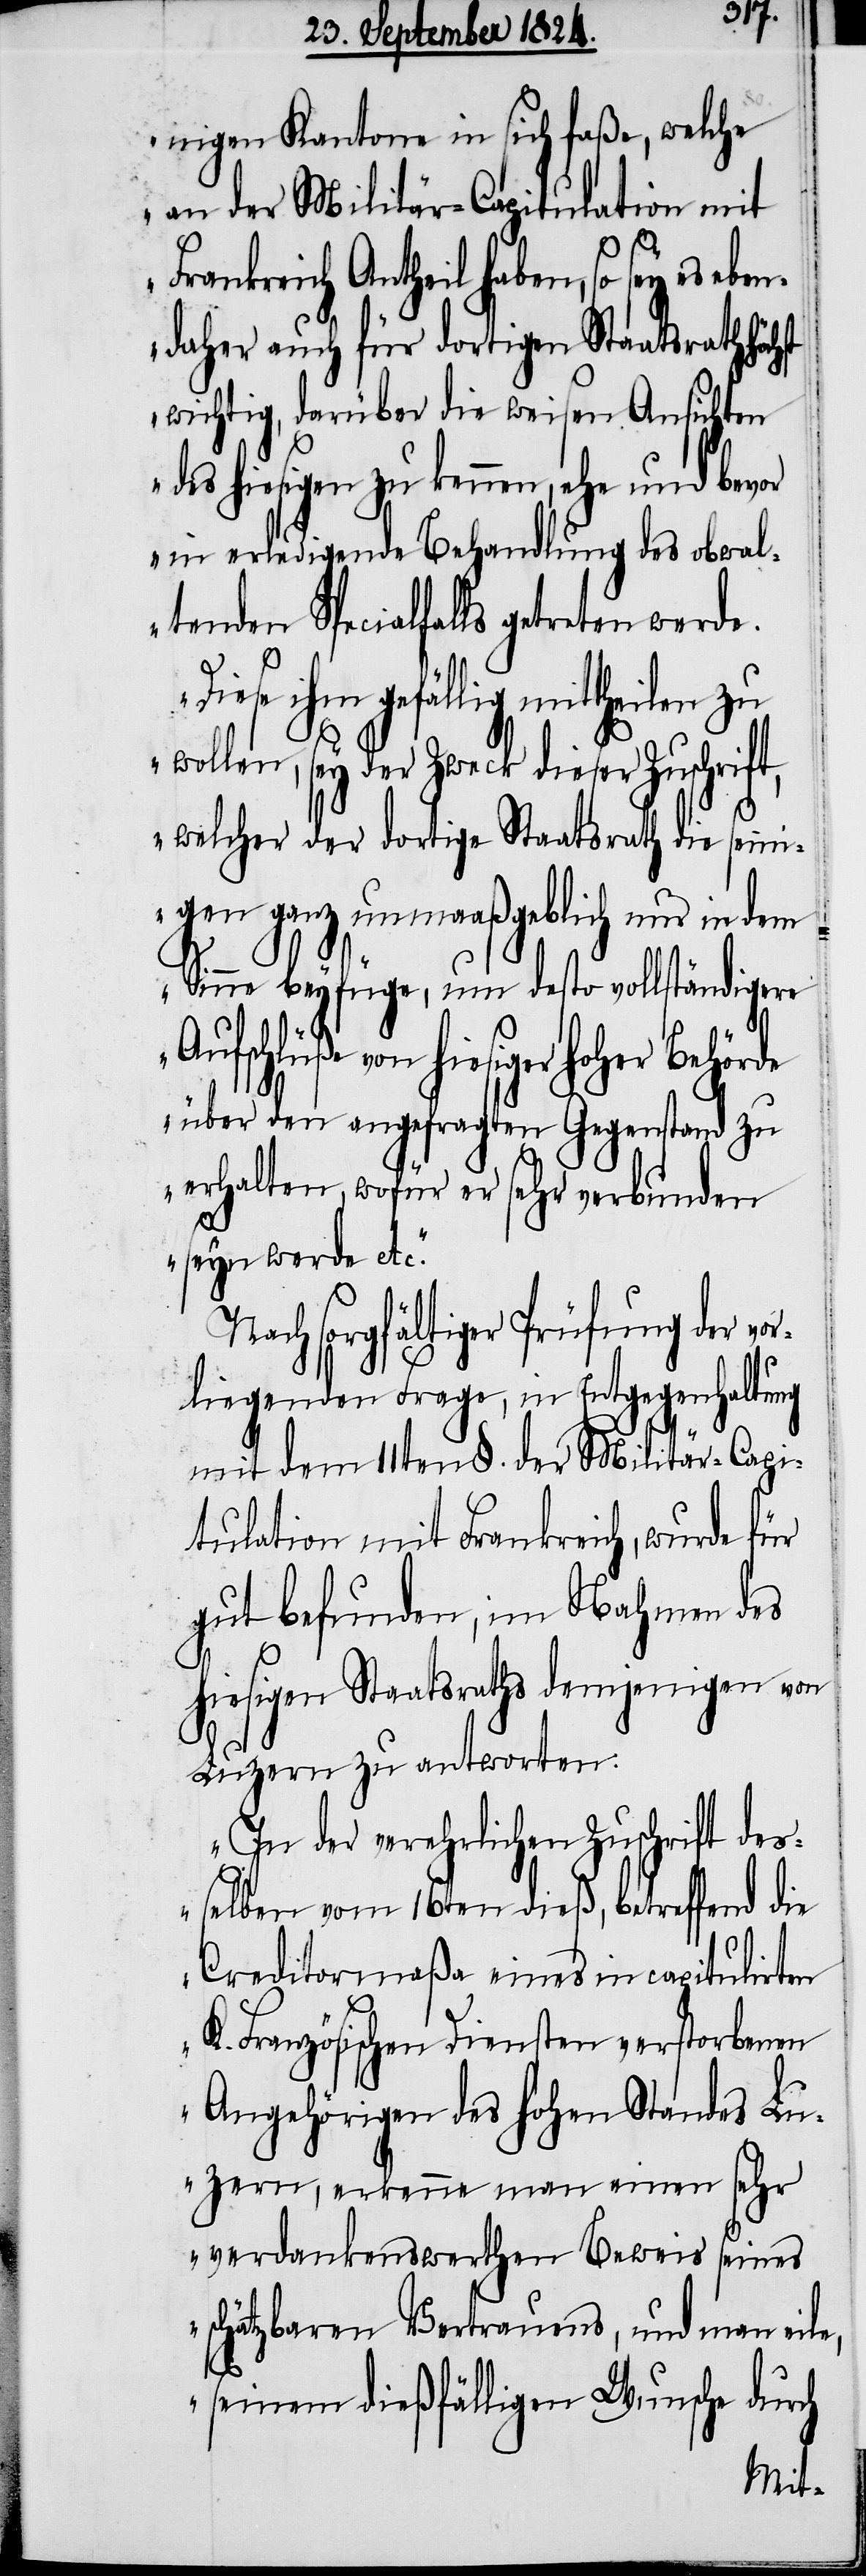
nigen Kantone in sich faße, welche
an der Militär-Capitulation mit
Frankreich Anthe¬
daher auch für dortigen Staatsrath
wichtig, darüber die weisen Ansichten
des hiesigen zu kennen, ehe und bevor
eine erledigende Behandlung des obwal¬
tenden Spezialfalls getreten werde.
Diese ihm gefällig mittheilen
sey der Zweck dieser Zuschrif¬
t, welcher der dortige Staatsrath die sein¬
igen ganz unmaaßgeblich nur in dem
Sinne beyfüge, um desto vollständigere
Aufschlüße von hiesiger hoher
über en angefragten Gegenstand zu
erhalten, wofür er sehr verbunden
seyn werde etc.“
Nach sorgfältiger Prüfung der vo¬
rliegenden Frage, in Entgegenhaltung
mit dem 11ten §. der Militär-Capi¬
tulation mit Frankreich, wurde für
gut befunden, im Nahmen des
hiesigen Staatsraths demjenigen von
Luzern zu antworten:
„In der verehrlichen Zuschrift de¬
sselben vom 16ten dieß, betreffend die
Creditormaßa eines in capitulirten
K. Französischen Diensten verstorbenen
Angehörigen des hohen Standes Lu¬
zern, erkenne man einen sehr
verdankenswerthen Beweis seines
schätzbaren Vertrauens, und man eile,
seinem dießfälligen Wunsche durch